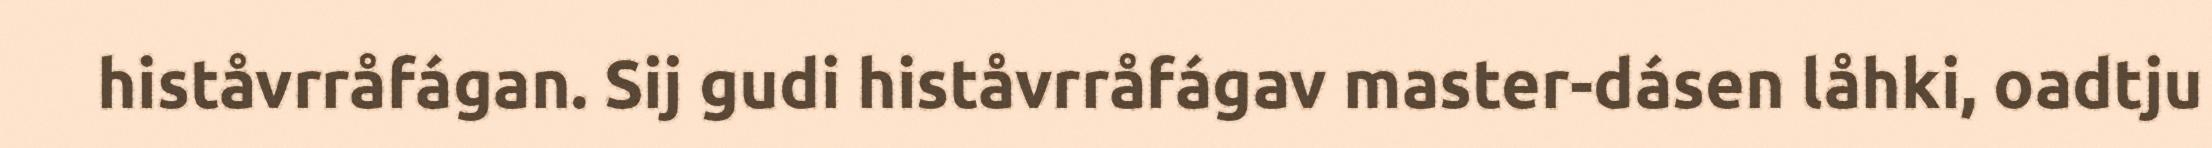
histåvrråfágan. Sij gudi histåvrråfágav master-dásen låhki, oadtju